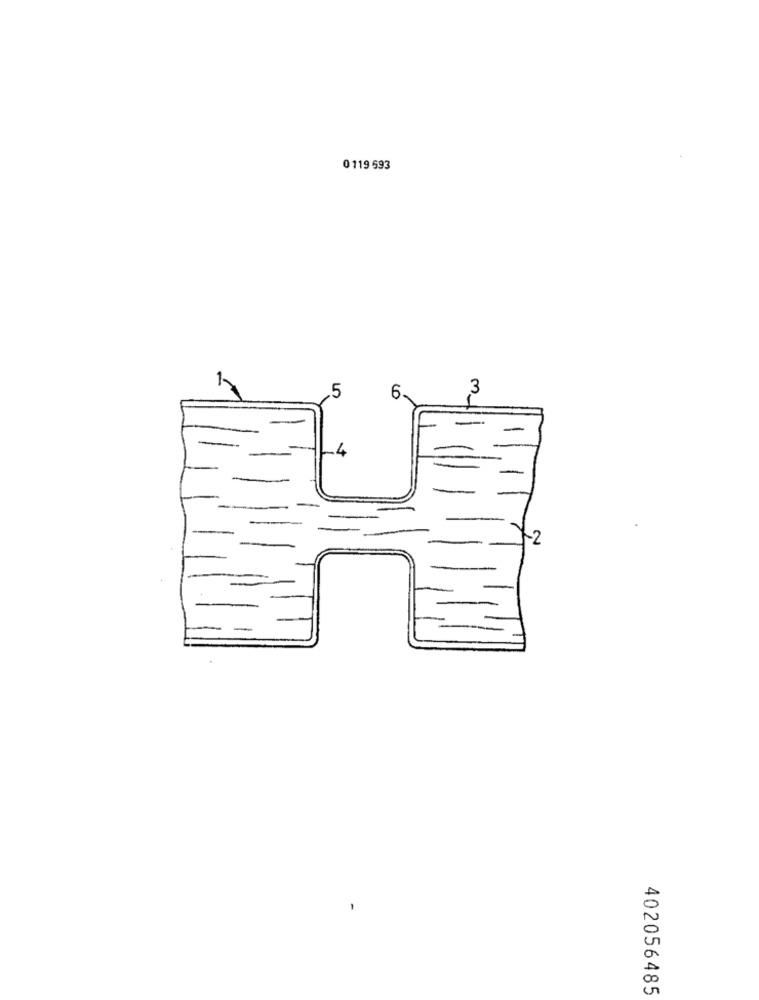
0119 593
.5
3
4
-2
402056485